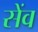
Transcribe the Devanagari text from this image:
सेंव